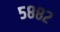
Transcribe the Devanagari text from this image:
५८८२